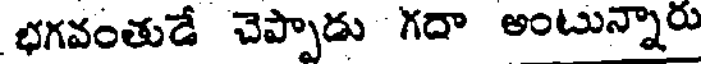
భగవంతుడే చెప్పాడు గదా అంటున్నారు